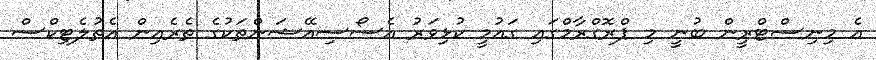
އެ މިނިސްޓްރީން ބުނީ މި ޕްރޮގްރާމްގައި ގައުމީ ކުޅިވަރު އެސޯސިއޭޝަންތަކުގެ ތެރެއިން އެތުލެޓިކްސް